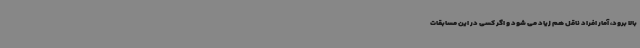
بالا برود، آمار افراد ناقل هم زیاد می شود و اگر کسی در این مسابقات